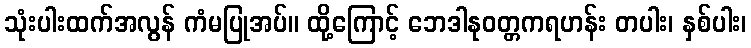
သုံးပါးထက်အလွန် ကံမပြုအပ်။ ထို့ကြောင့် ဘေဒါနုဝတ္တကရဟန်း တပါး၊ နှစ်ပါး၊